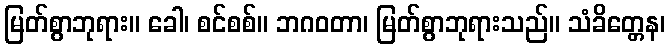
မြတ်စွာဘုရား။ ခေါ၊ စင်စစ်။ ဘဂဝတာ၊ မြတ်စွာဘုရားသည်။ သံခိတ္တေန၊